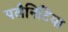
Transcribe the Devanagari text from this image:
पलैनिटिया